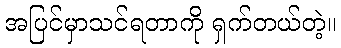
အပြင်မှာသင်ရတာကို ရှက်တယ်တဲ့။